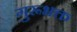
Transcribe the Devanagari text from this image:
गुरूभक्त